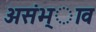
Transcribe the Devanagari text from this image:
असंभ्ाव